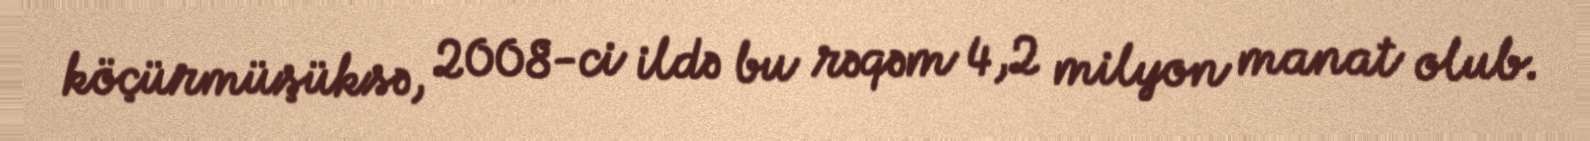
köçürmüşüksə, 2008-ci ildə bu rəqəm 4,2 milyon manat olub.